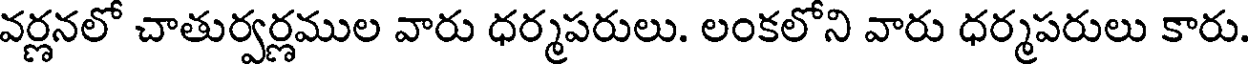
వర్ణనలో చాతుర్వర్ణముల వారు ధర్మపరులు. లంకలోని వారు ధర్మపరులు కారు.